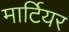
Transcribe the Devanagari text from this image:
मार्टियर